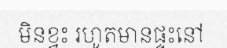
មិនខ្វះ រហូតមានផ្ទះនៅ